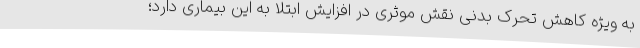
به ویژه کاهش تحرک بدنی نقش موثری در افزایش ابتلا به این بیماری دارد؛